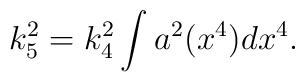
k_{5}^{2}=k_{4}^{2}\int a^{2}(x^{4})dx^{4}.